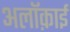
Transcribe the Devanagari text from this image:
अलॉक़ाई